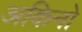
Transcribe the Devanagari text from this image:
अकिनो